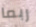
ربما